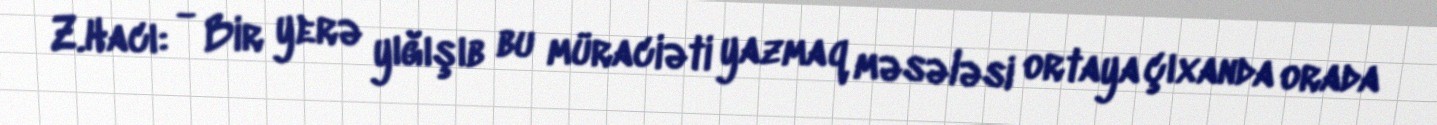
Z.Hacı: - Bir yerə yığışıb bu müraciəti yazmaq məsələsi ortaya çıxanda orada